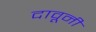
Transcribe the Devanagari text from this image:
दावूनी